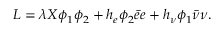
L = \lambda X \phi _ { 1 } \phi _ { 2 } + h _ { e } \phi _ { 2 } \bar { e } e + h _ { \nu } \phi _ { 1 } \bar { \nu } \nu .